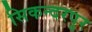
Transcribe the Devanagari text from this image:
सिकन्‍दरपुर